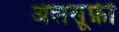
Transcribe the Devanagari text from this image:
अलसूफ़ी